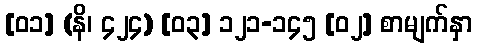
[၀၁] (နိ၊ ၄၂၄) [၀၃] ၁၂၁-၁၄၅ [၀၂] စာမျက်နှာ